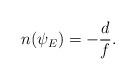
LaTeX: \begin{align*}n(\psi_E) = -\frac{d}{f}. \end{align*}